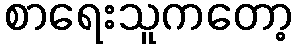
စာရေးသူကတော့